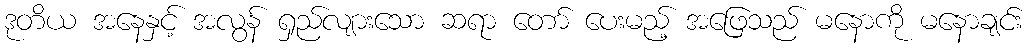
ဒုတိယ အနေနှင့် အလွန် ရှည်လျားသော ဆရာ တော် ပေးမည့် အဖြေသည် မနောကို မနောချင်း